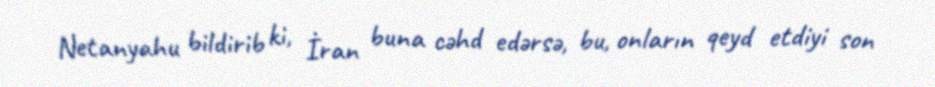
Netanyahu bildirib ki, İran buna cəhd edərsə, bu, onların qeyd etdiyi son